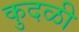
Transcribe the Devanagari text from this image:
कुदळी